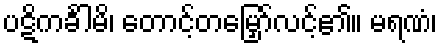
ပဋိကင်္ခါမိ၊ တောင့်တမြှော်လင့်၏။ မရဏံ၊